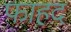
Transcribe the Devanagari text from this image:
फाहद